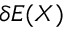
\delta E ( X )